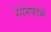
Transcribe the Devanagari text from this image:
रेगेनेफोर्म